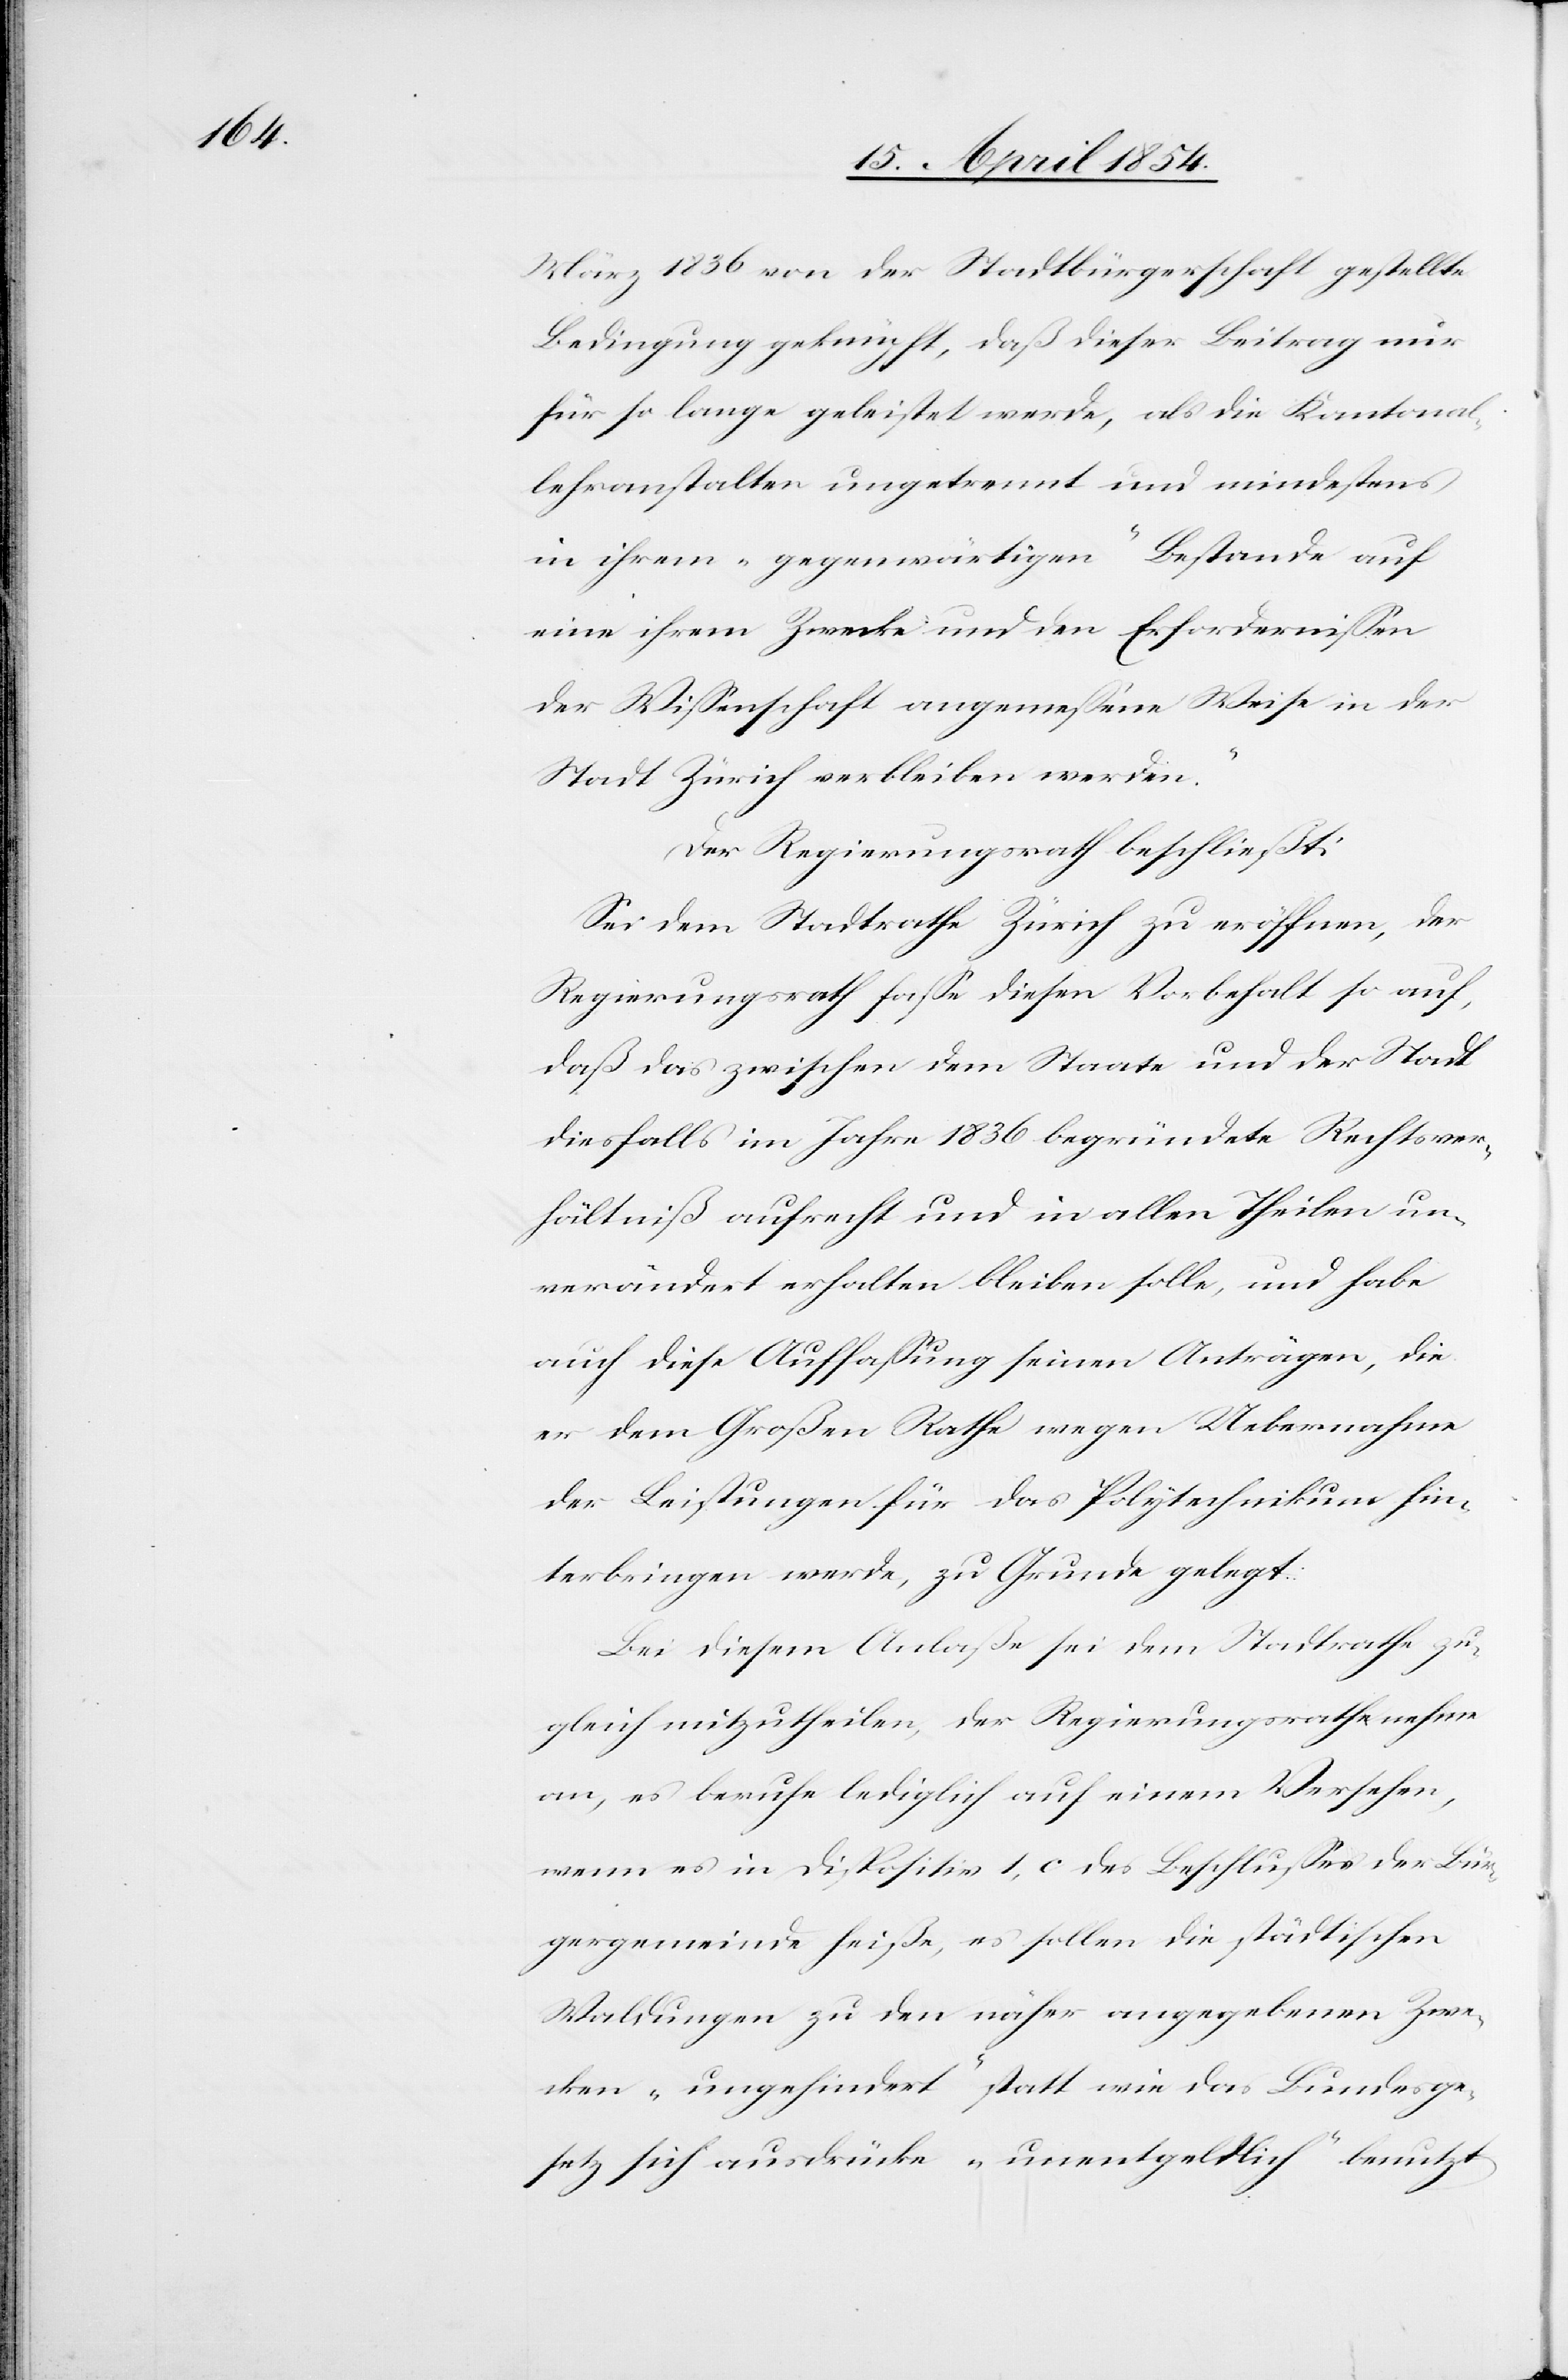
März 1836 von der Stadtbürgerschaft gestellte
Bedingung geknüpft, daß dieser Beitrag nur
für so lange geleistet werde, als die Kantonal¬
lehranstalten ungetrennt und mindestens
in ihrem „gegenwärtigen“ Bestande auf
eine ihrem Zwecke und den Erfordernißen
der Wißenschaft angemeßene Weise in der
Stadt Zürich verbleiben werden.“
Der Regierungsrath beschließt:
Sei dem Stadtrathe Zürich zu eröffnen, der
Regierungsrath faße diesen Vorbehalt so auf,
daß das zwischen dem Staate und der Stadt
diesfalls im Jahre 1836 begründete Rechtsver¬
hältniß aufrecht und in allen Theilen un¬
verändert erhalten blieben solle, und habe
auch diese Auffaßung seinen Anträgen, die
er dem Großen Rathe wegen Uebernahme
der Leistungen für das Polytechnikum hin¬
terbringen werde, zu Grunde gelegt.
Bei diesem Anlaße sei dem Stadtrathe zu¬
gleich mitzutheilen, der Regierungsrathe nehme
an, es beruhe lediglich auf einem Versehen,
wenn es in Dispositiv 1, c des Beschlußes der Bür¬
gergemeinde heiße, es sollen die städtischen
Waldungen zu den näher angegebenen Zwe¬
cken „ungehindert“ statt wie das Bundesge¬
setz sich ausdrücke „unentgeldlich“ benutzt